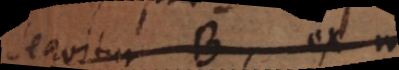
sequitur B, ex non